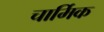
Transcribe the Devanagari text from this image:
चार्मिक